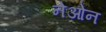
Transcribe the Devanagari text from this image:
नेओन